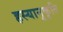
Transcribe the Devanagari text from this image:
हस्यानुकृति